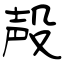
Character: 殸